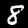
Digit: 8